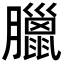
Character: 臘